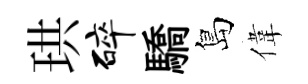
珙碎驕島偉